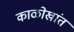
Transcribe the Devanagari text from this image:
काळोखांत